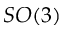
S O ( 3 )